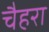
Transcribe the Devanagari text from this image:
चैहरा